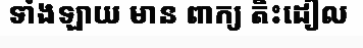
ទាំងឡាយ មាន ពាក្យ តិះដៀល